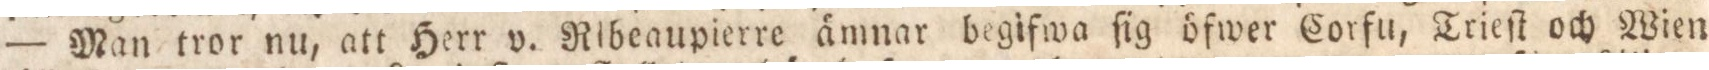
— Man tror nu, att Herr v. Ribeaupierre ämnar begifwa ſig öfwer Corfu, Trieſt och Wien